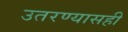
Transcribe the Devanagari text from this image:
उतरण्यासही